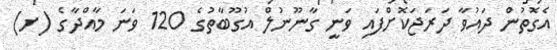
އެގޮތުން ދައުވާ ދަރަޖަކޮށްފައި ވަނީ ގާނޫނުލް އުގޫބާތުގެ 120 ވަނަ މާއްދާގެ (ށ)